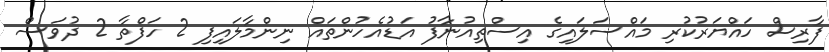
ފާރިސް ހައްޔަރުކުރި މައްސަލައިގެ އިސްތިއުނާފު އަޑުއެހުންތައް ނިންމާލައިފި 2 ހަފްތާ 2 ދުވަސް